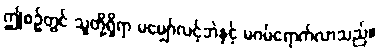
ဤစဉ်တွင် သူတို့ရှိရာ မမျှော်လင့်ဘဲနှင့် မဂမ်ရောက်လာသည်။